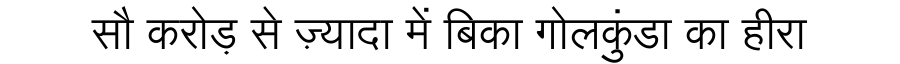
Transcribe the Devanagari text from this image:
सौ करोड़ से ज़्यादा में बिका गोलकुंडा का हीरा